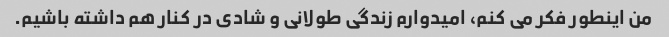
من اینطور فکر می کنم، امیدوارم زندگی طولانی و شادی در کنار هم داشته باشیم.